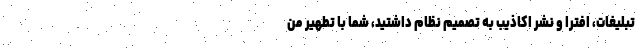
تبلیغات، افترا و نشر اکاذیب به تصمیم نظام داشتید، شما با تطهیر من